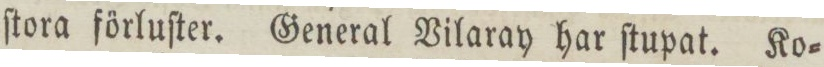
ſtora förluſter. General Vilaray har ſtupat. Ko=